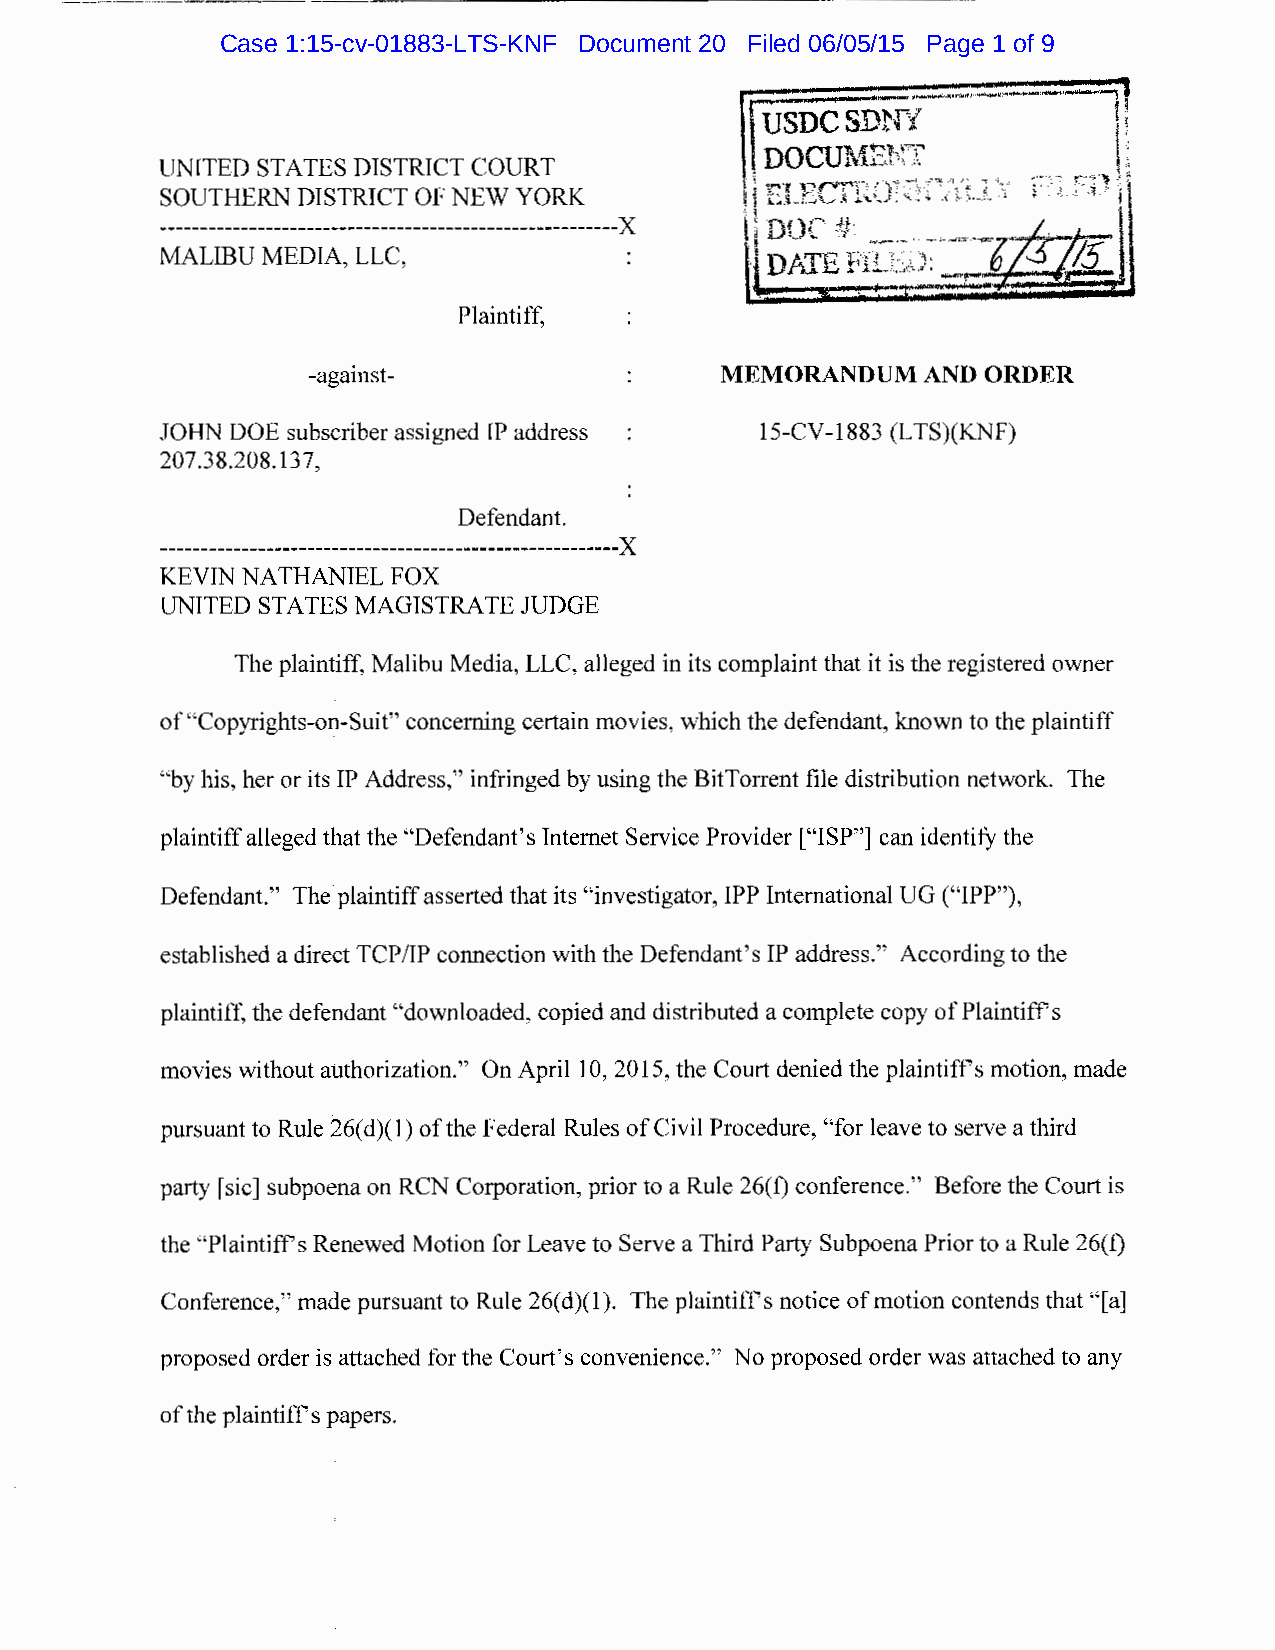
-----------------------
 -------------
 Case 1:15-cv-01883-LTS-KNF Document 20 Filed 06/05/15 Page 1 of 9
 UNITED STATES DISTRICT COURT
 SOUTHERN DISTRICT OF NEW YORK
 --------------------------------------------------------)(
 MALIBU MEDIA, LLC,
 Plaintiff,
 -against-                   MEMORANDUM   AND ORDER
 JOHN DOE subscriber assigned IP address 15-CV-1883 (L TS)(KNF)
 207.38.208.137,
 Defendant.
 --------------------------------------------------------)(
 KEVIN NAT HANIEL FO)(
 UNITED STATES MAGISTRATE JUDGE
 The plaintiff, Malibu Media, LLC, alleged in its complaint that it is the registered owner
 of "Copyrights-on-Suit" concerning certain movies, which the defendant, known to the plaintiff
 "by his, her or its IP Address," infringed by using the BitTorrent file distribution network. The
 plaintiff alleged that the "Defendant's Internet Service Provider ["ISP"] can identify the
 Defendant." The plaintiff asserted that its "investigator, IPP International UG ("IPP"),
 established a direct TCP/IP connection with the Defendant's IP address." According to the
 plaintiff, the defendant "downloaded, copied and distributed a complete copy of Plaintiffs
 movies without authorization." On April 10, 2015, the Court denied the plaintiffs motion, made
 pursuant to Rule 26( d)(l) of the Federal Rules of Civil Procedure, "for leave to serve a third
 party [sic] subpoena on RCN Corporation, prior to a Rule 26( f) conference." Before the Court is
 the "Plaintiffs Renewed Motion for Leave to Serve a Third Party Subpoena Prior to a Rule 26(f)
 Conference," made pursuant to Rule 26(d)(l). The plaintiffs notice of motion contends that "[a]
 proposed order is attached for the Court's convenience." No proposed order was attached to any
 of the plaintiffs papers.